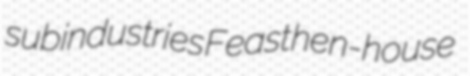
subindustries Feast hen-house